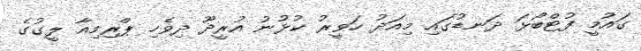
ގައުމީ ފުޓްބޯޅަ ދަނޑުގައި މިއަދު ހަވީރު ކުޅުނު އުރީދޫ ދިވެހި ޕްރިމިއާ ލީގުގެ